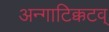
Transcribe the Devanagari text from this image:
अन्गाटिक्कटव्